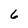
Character: 6